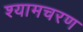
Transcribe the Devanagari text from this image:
श्यामचरण